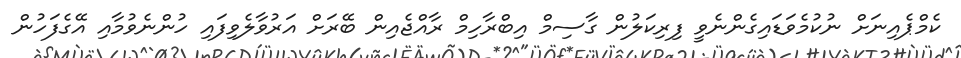
ކެމްޕެއިނަށް ނުކުމެވަޑައިގެންނެވީ ފިރިކަލުން ގާސިމް އިބްރާހިމް ރާއްޖެއިން ބޭރަށް އަރުވާލެވިފައި ހުންނެވުމާއި އޭގެފަހުން